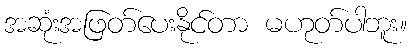
အဆုံးအဖြတ်ပေးနိုင်တာ မဟုတ်ပါဘူး။